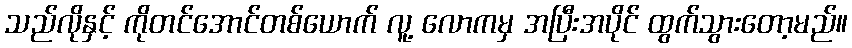
သည်လိုနှင့် ကိုတင်အောင်တစ်ယောက် လူ့ လောကမှ အပြီးအပိုင် ထွက်သွားတော့မည်။